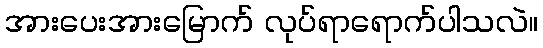
အားပေးအားမြောက် လုပ်ရာရောက်ပါသလဲ။